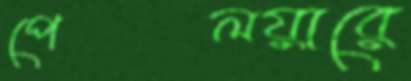
পেলয়ারে